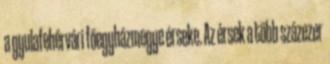
a gyulafehérvári főegyházmegye érseke. Az érsek a több százezer